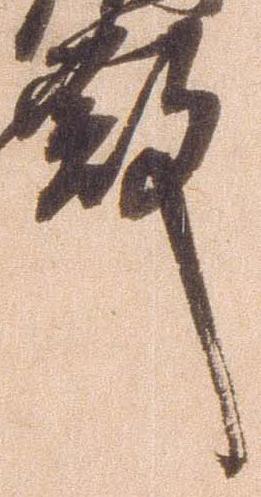
殿